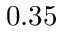
0 . 3 5